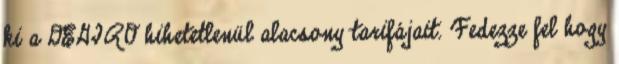
ki a DEGIRO hihetetlenül alacsony tarifájait. Fedezze fel hogy